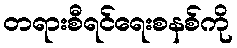
တရားစီရင်ရေးစနစ်ကို